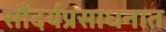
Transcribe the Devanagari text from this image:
सौंदर्यप्रसाधनात